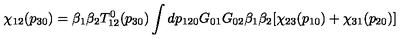
\chi _ { 1 2 } ( p _ { 3 0 } ) = \beta _ { 1 } \beta _ { 2 } T _ { 1 2 } ^ { 0 } ( p _ { 3 0 } ) \int d p _ { 1 2 0 } G _ { 0 1 } G _ { 0 2 } \beta _ { 1 } \beta _ { 2 } [ \chi _ { 2 3 } ( p _ { 1 0 } ) + \chi _ { 3 1 } ( p _ { 2 0 } ) ]